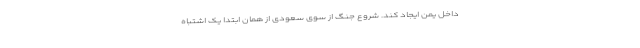
داخل یمن ایجاد کند. شروع جنگ از سوی سعودی از همان ابتدا یک اشتباه